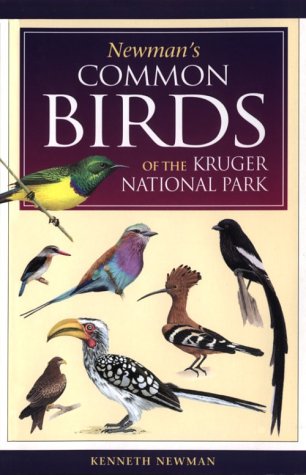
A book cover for Newman's Birds of Kruger Park (Southern Africa Green Guide); Ken Newman; Travel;